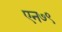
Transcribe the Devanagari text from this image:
एन७९